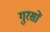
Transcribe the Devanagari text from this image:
गुरसों